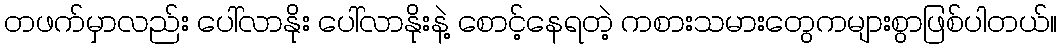
တဖက်မှာလည်း ပေါ်လာနိုး ပေါ်လာနိုးနဲ့ စောင့်နေရတဲ့ ကစားသမားတွေကများစွာဖြစ်ပါတယ်။